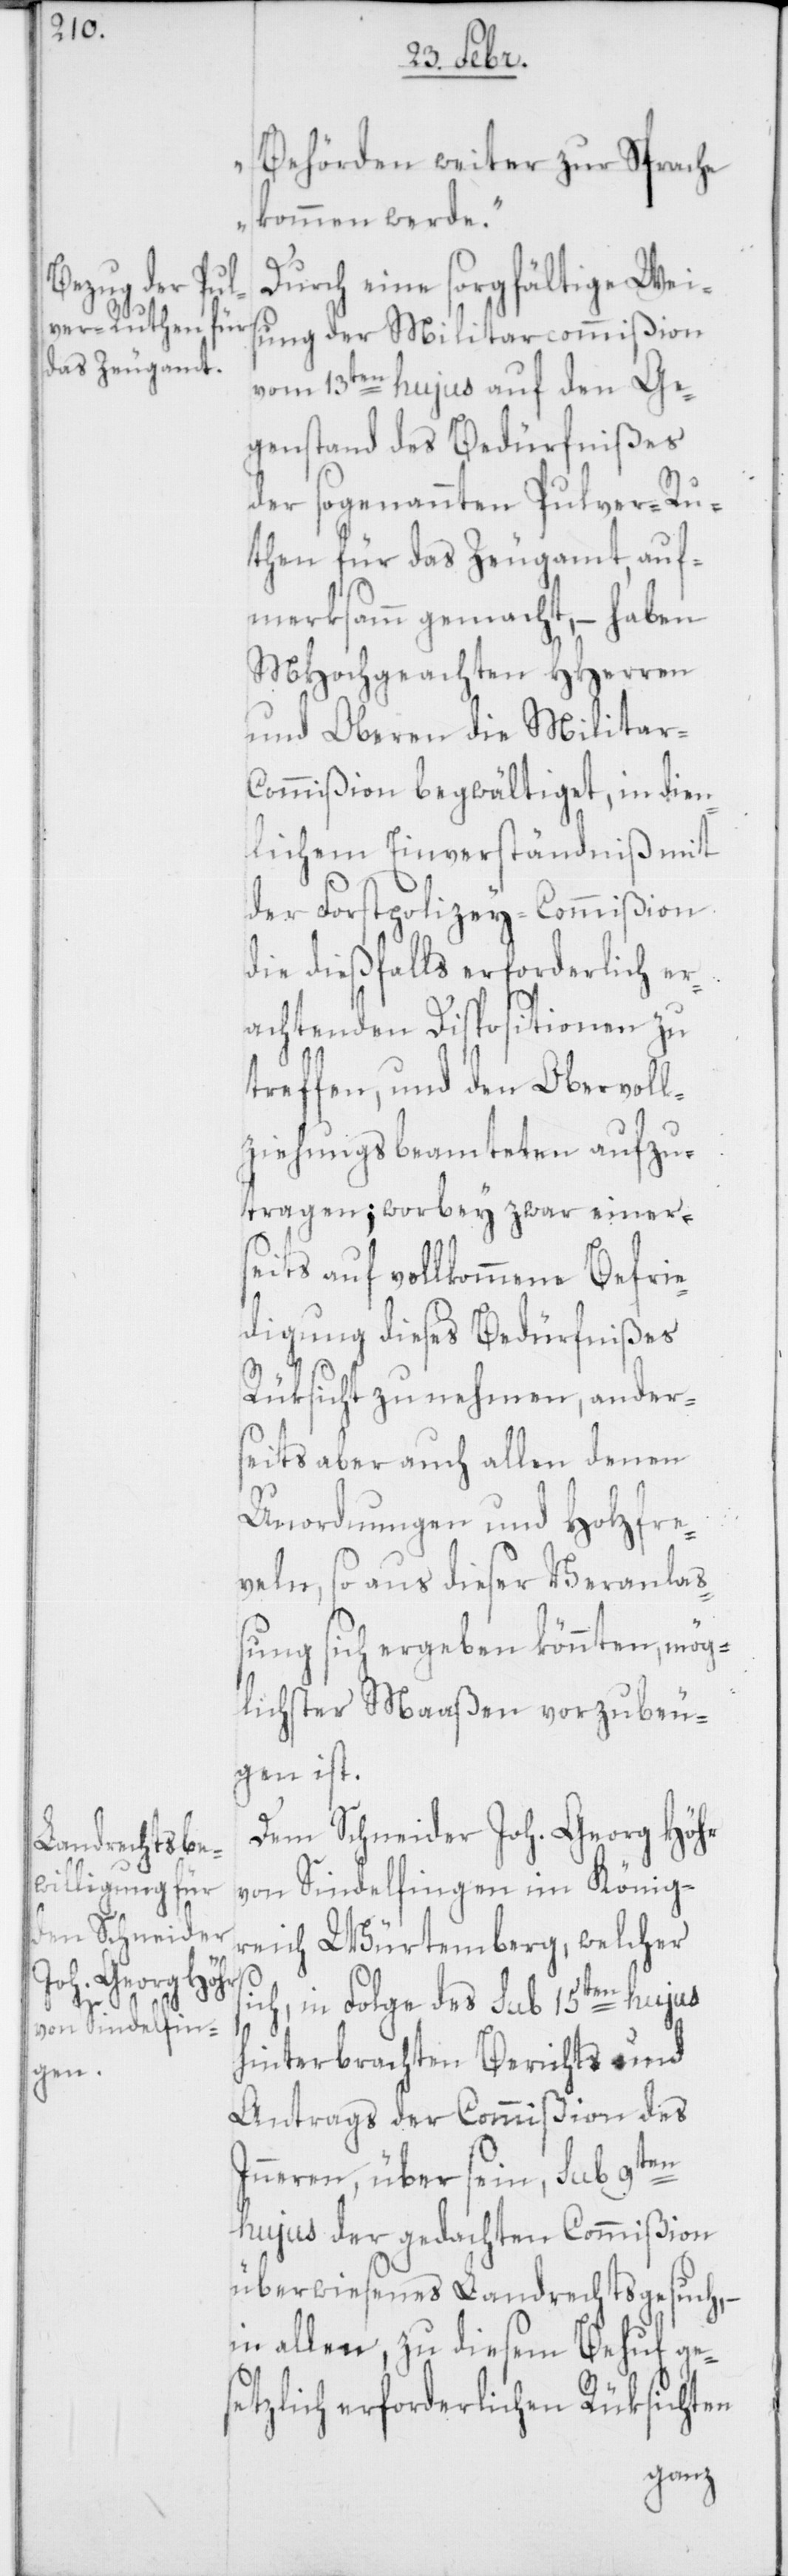
s¬

Behörden weiter zur Sprache
kommen werde.“
Durch eine sorgfältige Weis¬
ung der Militarcommißion
vom 13ten hujus auf den Ge¬
genstand des Bedürfnißes
der sogenannten Pulver-Ru¬
then für das Zeugamt, auf¬
merksam gemacht, – haben
MHochgeachten HHerren
und Oberen die Militar-C¬
ommißion begwältiget, in dien¬
lichem Einverständniß mit
der Forstpolizey-Commißion
die dießfalls erforderlich er¬
achtenden Dispositionen zu
treffen, und den Obervoll¬
ziehungsbeamteten aufzu¬
tragen; worbey zwar einer¬
seits auf vollkommene Befrie¬
digung dieses Bedürfnißes
Rüksicht zu nehmen, ander¬
seits aber auch allen denen
Unordnungen und Holzfre¬
veln, so aus dieser Veranlaß¬
ung sich ergeben könnten, mög¬
lichster Maaßen vorzubeu¬
gen ist.
Dem Schneider Joh. Georg Höhr
von Sindelfingen im König¬
reich Würtemberg, welcher
ich, in Folge des sub 15ten hujus
hinterbrachten Berichts und
Antrags der Commißion des
Inneren, über sein, sub 9ten
hujus der gedachten Commißion
überwiesenes Landrechtsgesuch, –
in allen, zu diesem Behuf ge¬
setzlich erforderlichen Rüksichten